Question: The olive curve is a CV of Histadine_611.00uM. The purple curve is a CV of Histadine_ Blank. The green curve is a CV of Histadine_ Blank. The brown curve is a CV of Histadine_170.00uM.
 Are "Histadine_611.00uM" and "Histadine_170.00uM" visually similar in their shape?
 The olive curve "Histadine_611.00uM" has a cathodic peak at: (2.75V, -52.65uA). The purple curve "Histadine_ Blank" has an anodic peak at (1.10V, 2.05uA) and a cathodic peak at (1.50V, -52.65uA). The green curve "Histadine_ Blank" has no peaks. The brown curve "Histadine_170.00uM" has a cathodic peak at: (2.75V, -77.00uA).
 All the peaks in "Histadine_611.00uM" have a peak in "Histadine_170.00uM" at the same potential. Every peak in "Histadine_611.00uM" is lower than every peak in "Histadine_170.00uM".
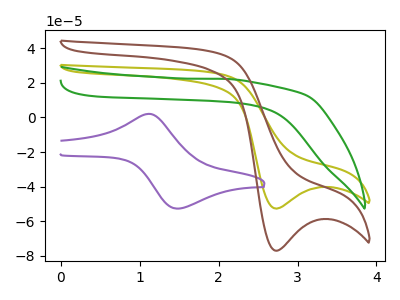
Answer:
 <answer>"Histadine_611.00uM" and "Histadine_170.00uM" are similar in shape.</answer>
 <eval>same_shape</eval>